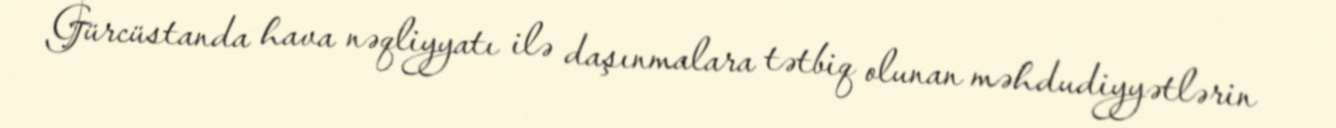
Gürcüstanda hava nəqliyyatı ilə daşınmalara tətbiq olunan məhdudiyyətlərin